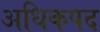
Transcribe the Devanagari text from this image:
अधिकपद